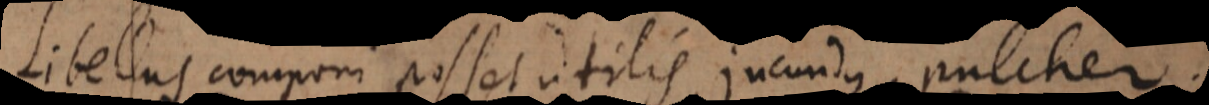
Libellus componi posset utilis, jucundus, pulcher.